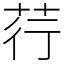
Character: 荇